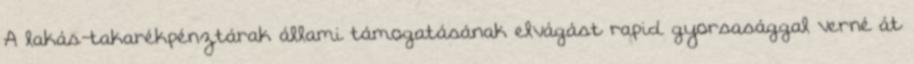
A lakás-takarékpénztárak állami támogatásának elvágást rapid gyorsasággal verné át